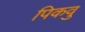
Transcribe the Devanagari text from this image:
पिकवु